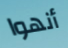
أنهوا